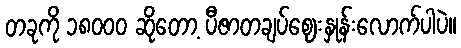
တခုကို ၁၈၀၀၀ ဆိုတော့ ပီဇာတချပ်ဈေးနှုန်းလောက်ပါပဲ။